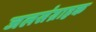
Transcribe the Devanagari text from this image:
जलसंग्राहक